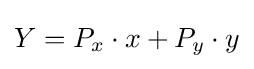
Y=P_{x}\cdot x+P_{y}\cdot y